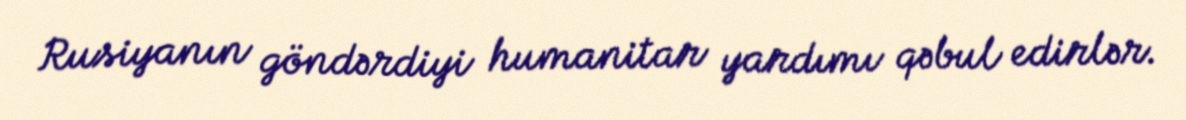
Rusiyanın göndərdiyi humanitar yardımı qəbul edirlər.